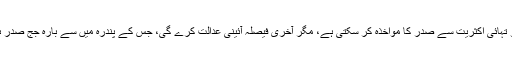
پارلیمنٹ اگرچہ دو تہائی اکثریت سے صدر کا مواخذہ کر سکتی ہے، مگر آخری فیصلہ آئینی عدالت کرے گی، جس کے پندرہ میں سے بارہ جج صدر ہی نامزد کرتا ہے۔